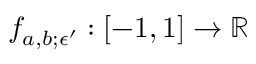
f _ { a , b ; \epsilon ^ { \prime } } : [ - 1 , 1 ] \to \mathbb { R }